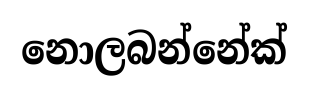
නොලබන්නේක්